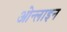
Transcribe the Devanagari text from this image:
ओन्लाइन